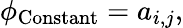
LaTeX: \phi_{\mathrm{Constant}}=a_{i,j},